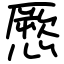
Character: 憠